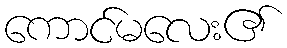
ကောင်မလေး၏